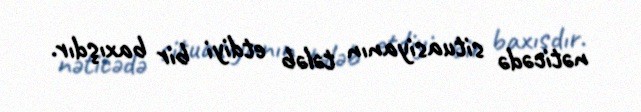
nəticədə situasiyanın tələb etdiyi bir baxışdır.